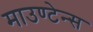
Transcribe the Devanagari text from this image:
माउण्टेन्स